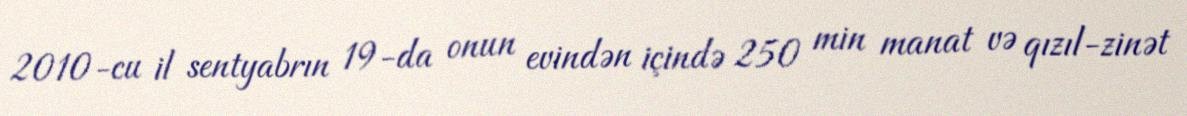
2010-cu il sentyabrın 19-da onun evindən içində 250 min manat və qızıl-zinət